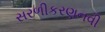
સરળીકરણનવી